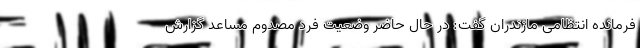
فرمانده انتظامی مازندران گفت: در حال حاضر وضعیت فرد مصدوم مساعد گزارش